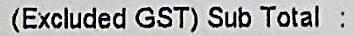
(EXCLUDED GST) SUB TOTAL :